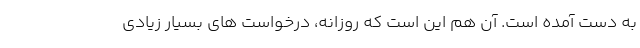
به دست آمده است. آن هم این است که روزانه، درخواست های بسیار زیادی